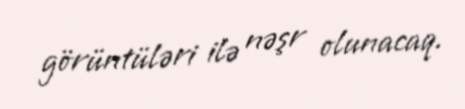
görüntüləri ilə nəşr olunacaq.